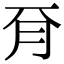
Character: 𣍡